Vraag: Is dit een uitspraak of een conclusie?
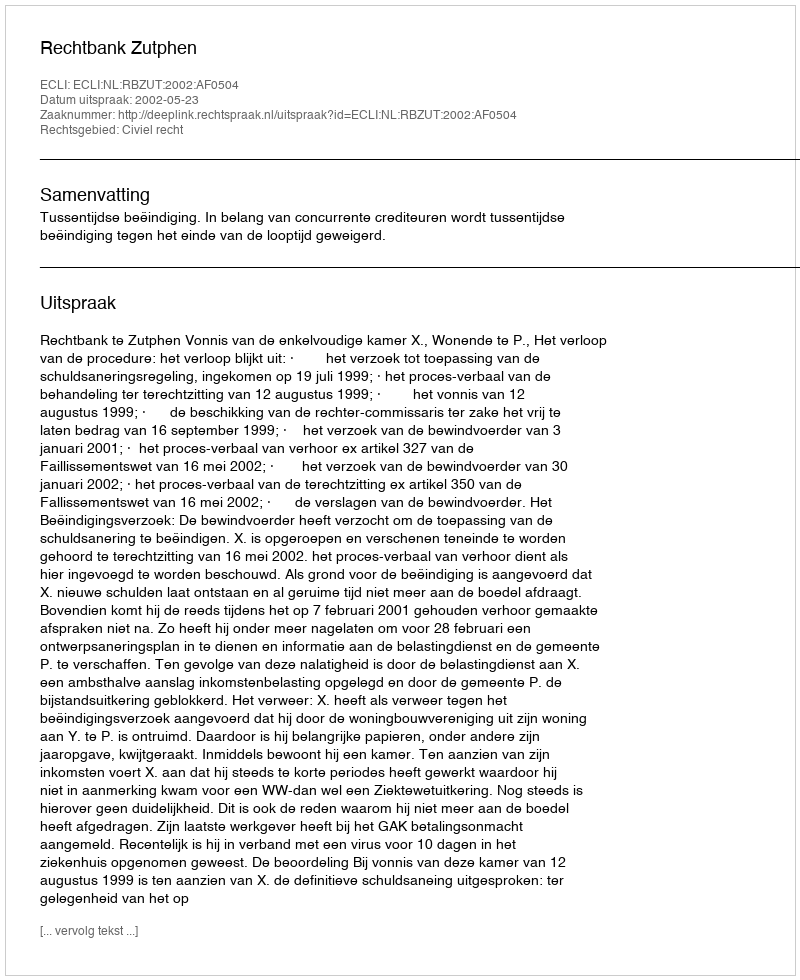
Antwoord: Uitspraak